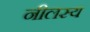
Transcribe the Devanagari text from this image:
नीलस्य